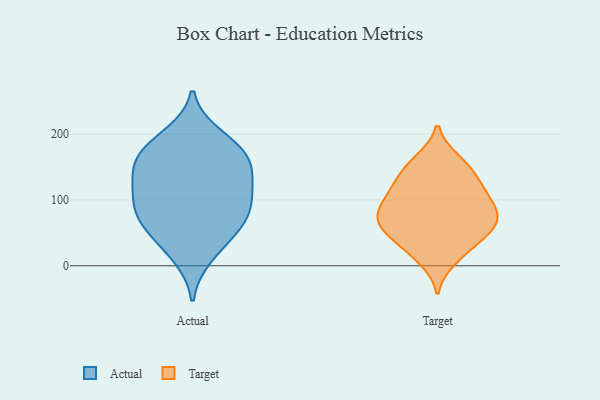
{"axis": {"x": "Temperature (°C)", "y": "Value"}, "legend": ["Actual", "Target"], "data": [{"x": "", "y": 161, "type": "Actual"}, {"x": "", "y": 70, "type": "Actual"}, {"x": "", "y": 165, "type": "Actual"}, {"x": "", "y": 86, "type": "Actual"}, {"x": "", "y": 74, "type": "Actual"}, {"x": "", "y": 109, "type": "Actual"}, {"x": "", "y": 38, "type": "Actual"}, {"x": "", "y": 118, "type": "Actual"}, {"x": "", "y": 197, "type": "Actual"}, {"x": "", "y": 116, "type": "Actual"}, {"x": "", "y": 64, "type": "Actual"}, {"x": "", "y": 144, "type": "Actual"}, {"x": "", "y": 184, "type": "Actual"}, {"x": "", "y": 161, "type": "Actual"}, {"x": "", "y": 15, "type": "Actual"}, {"x": "", "y": 69, "type": "Target"}, {"x": "", "y": 105, "type": "Target"}, {"x": "", "y": 121, "type": "Target"}, {"x": "", "y": 54, "type": "Target"}, {"x": "", "y": 146, "type": "Target"}, {"x": "", "y": 73, "type": "Target"}, {"x": "", "y": 115, "type": "Target"}, {"x": "", "y": 85, "type": "Target"}, {"x": "", "y": 91, "type": "Target"}, {"x": "", "y": 160, "type": "Target"}, {"x": "", "y": 55, "type": "Target"}, {"x": "", "y": 156, "type": "Target"}, {"x": "", "y": 66, "type": "Target"}, {"x": "", "y": 34, "type": "Target"}, {"x": "", "y": 90, "type": "Target"}, {"x": "", "y": 130, "type": "Target"}, {"x": "", "y": 53, "type": "Target"}, {"x": "", "y": 10, "type": "Target"}, {"x": "", "y": 20, "type": "Target"}]}